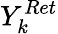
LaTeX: Y_{k}^{Ret}